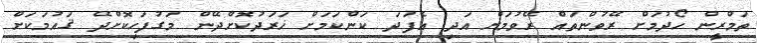
ތަމްރީން ހޯދުމަށް ރޭވުންތައް ރޭވުމަށް އަދި އެފަދަ ކަންކަމަށް ޚަރަދުކޮށްދޭން މަގުފަހިކޮށްދޭ ޤައުމަކަށް